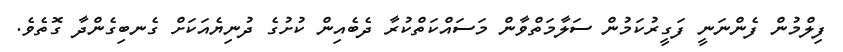
ފިލްމުން ފެންނަނީ ފަގީރުކަމުން ސަލާމަތްވާން މަސައްކަތްކުރާ ދެބެއިން ކުށުގެ ދުނިޔެއަކަށް ގެނބިގެންދާ ގޮތެވެ.